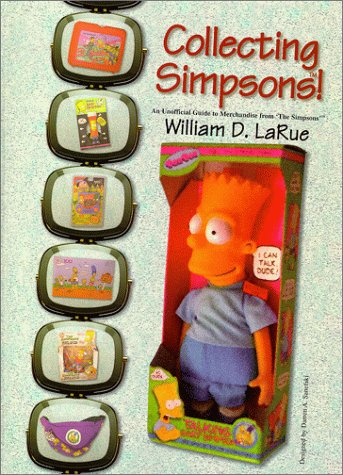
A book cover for Collecting Simpsons! An Unofficial Guide to Merchandise from The Simpsons; William D. LaRue; Crafts, Hobbies & Home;